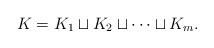
LaTeX: \begin{align*} K = K_1 \sqcup K_2 \sqcup \cdots \sqcup K_m.\end{align*}